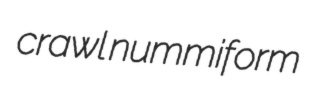
crawl nummiform